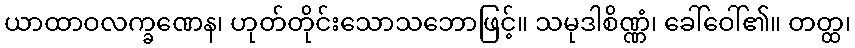
ယာထာဝလက္ခဏေန၊ ဟုတ်တိုင်းသောသဘောဖြင့်။ သမုဒါစိဏ္ဏံ၊ ခေါ်ဝေါ်၏။ တတ္ထ၊